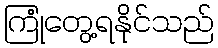
ကြုံတွေ့ရနိုင်သည်